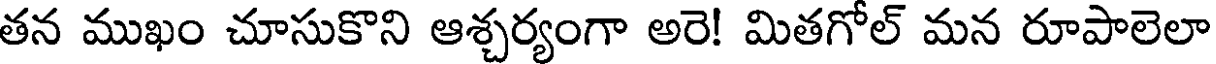
తన ముఖం చూసుకొని ఆశ్చర్యంగా అరె! మితగోల్ మన రూపాలెలా